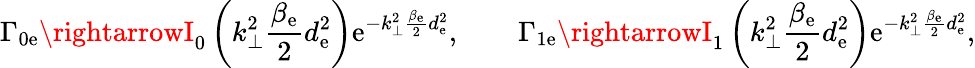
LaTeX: \Gamma_{0\mathrm{e}}\rightarrowI_{0}\left(k_{\perp}^{2}\frac{{\beta_{\mathrm{e}}}}{{2}}d_{\mathrm{e}}^{2}\right)\mathrm{e}^{-k_{\perp}^{2}\frac{{\beta_{\mathrm{e}}}}{{2}}d_{\mathrm{e}}^{2}},\qquad\Gamma_{1\mathrm{e}}\rightarrowI_{1}\left(k_{\perp}^{2}\frac{{\beta_{\mathrm{e}}}}{{2}}d_{\mathrm{e}}^{2}\right)\mathrm{e}^{-k_{\perp}^{2}\frac{{\beta_{\mathrm{e}}}}{{2}}d_{\mathrm{e}}^{2}},